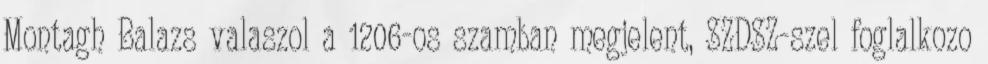
Montagh Balazs valaszol a 1206-os szamban megjelent, SZDSZ-szel foglalkozo